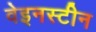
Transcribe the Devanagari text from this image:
वेइनस्टीन